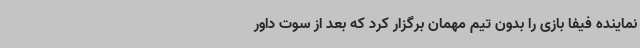
نماینده فیفا بازی را بدون تیم مهمان برگزار کرد که بعد از سوت داور